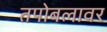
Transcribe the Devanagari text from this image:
तपोबलावर